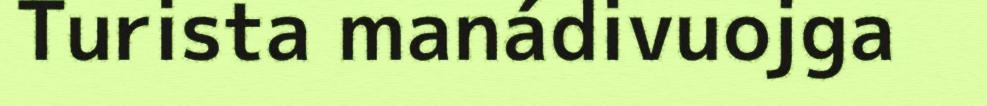
Turista manádivuojga